Report on the Nagpur School of Medicine, Central Provinces
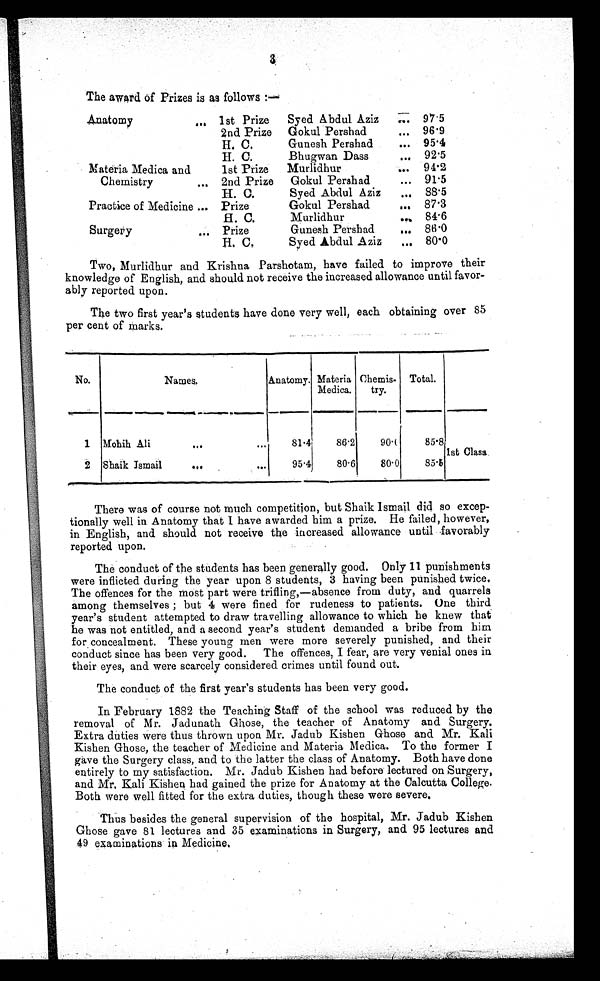
The award of Prizes is as follows :—
Anatomy
. . . 1st Prize
Syed Abdul Aziz
. . .
9 7 . 5
2nd Prize
Gokul Pershad
. . . 96.9
H. C.
Gunesh Pershad
... 95.4
H. C.
Bhugwan Dass
. . .
92.5
Materia Medica and
1st Prize
Murlidhur
... 94.2
Chemistry
.., 2nd Prize
Gokul Pershad
... 91.5
H. C.
Syed Abdul Aziz
... 88.5
Practice of Medicine ... Prize
Gokul Pershad
... 87.3
H. C.
Murlidhur
...
84.6
Surgery
... Prize
Gunesh Pershad
... 86.0
H. C.
Syed Abdul Aziz
... 80.0
Two, Murlidhur and Krishna Parshotam, have failed to improve their
knowledge of English, and should not receive the increased allowance until favor-
ably reported upon.
The two first year's students have done very well, each obtaining over 85
per cent of marks.
No.
Names.
Anatomy. Materia
Medica.
Chemis-
try.
Total.
1 Mohih Ali
...
...
81.4
86.2
90.0
85.8
1st Class.
2 Shaik Ismail
...
...
95.4
80.6
80.0
85.5
There was of course not much competition, but Shaik Ismail did so excep-
tionally well in Anatomy that I have awarded him a prize. He failed, however,
in English, and should not receive the increased allowance until favorably
reported upon.
The conduct of the students has been generally good. Only 11 punishments
were inflicted during the year upon 8 students, 3 having been punished twice.
The offences for the most part were trifling,—absence from duty, and quarrels
among themselves ; but 4 were fined for rudeness to patients. One third
year's student attempted to draw travelling allowance to which he knew that
he was not entitled, and a second year's student demanded a bribe from him
for concealment. These young men were more severely punished, and their
conduct since has been very good. The offences, I fear, are very venial ones in
their eyes, and were scarcely considered crimes until found out.
The conduct of the first year's students has been very good.
In February 1882 the Teaching Staff of the school was reduced by the
removal of Mr. Jadunath Ghose, the teacher of Anatomy and Surgery.
Extra duties were thus thrown upon Mr. Jadub Kishen Ghose and Mr. Kali
Kishen Ghose, the teacher of Medicine and Materia Medica. To the former I
gave the Surgery class, and to the latter the class of Anatomy. Both have done
entirely to my satisfaction. Mr. Jadub Kishen had before lectured on Surgery,
a n d Mr . K a l i K i s h e n h a d g a i n e d t h e p r i z e f o r A n a t o m y a t t h e C a l c u t t a C o l l e g e .
Both were well fitted for the extra duties, though these were severe,
Thus besides the general supervision of the hospital, Mr. Jadub Kishen
Ghose gave 81 lectures and 35 examinations in Surgery, and 95 lectures and
49 examinations in Medicine.